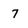
Character: 7